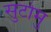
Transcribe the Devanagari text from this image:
सुटोमु